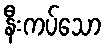
နီးကပ်သော